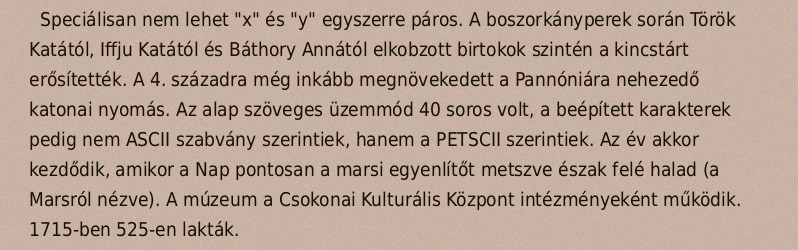
Speciálisan nem lehet "x" és "y" egyszerre páros. A boszorkányperek során Török Katától, Iffju Katától és Báthory Annától elkobzott birtokok szintén a kincstárt erősítették. A 4. századra még inkább megnövekedett a Pannóniára nehezedő katonai nyomás. Az alap szöveges üzemmód 40 soros volt, a beépített karakterek pedig nem ASCII szabvány szerintiek, hanem a PETSCII szerintiek. Az év akkor kezdődik, amikor a Nap pontosan a marsi egyenlítőt metszve észak felé halad (a Marsról nézve). A múzeum a Csokonai Kulturális Központ intézményeként működik. 1715-ben 525-en lakták.